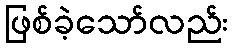
ဖြစ်ခဲ့သော်လည်း